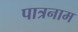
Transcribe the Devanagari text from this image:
पात्रनाम